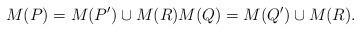
LaTeX: \begin{align*}M(P) = M(P') \cup M(R) M(Q) = M(Q') \cup M(R).\end{align*}